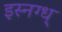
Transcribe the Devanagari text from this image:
इस्नग्ध्